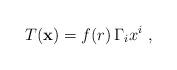
LaTeX: \begin{align*}T({\bf x}) = f(r) \, \Gamma_i x^i~,\end{align*}